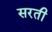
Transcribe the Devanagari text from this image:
सरती